On kala azar, malaria and malarial cachexia - Number 19
Disease focus: Malaria
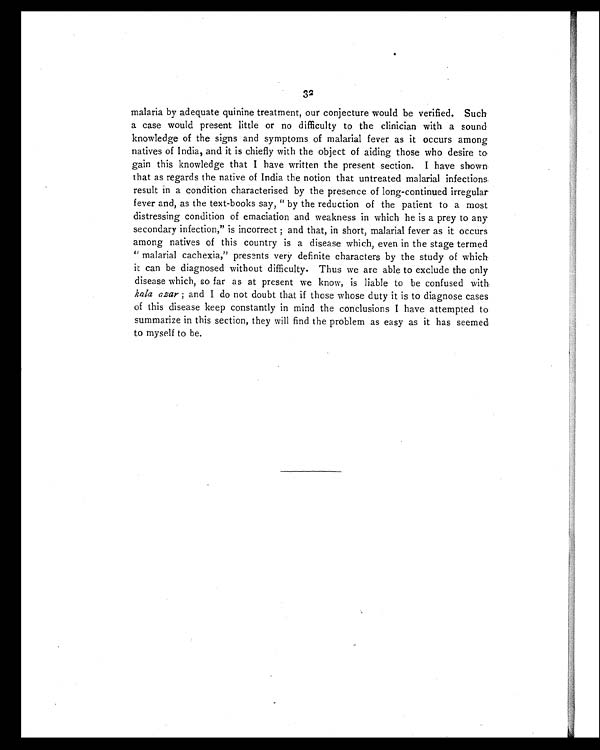
32
malaria by adequate quinine treatment, our conjecture would be verified. Such
a case would present little or no difficulty to the clinician with a sound
knowledge of the signs and symptoms of malarial fever as it occurs among
natives of India, and it is chiefly with the object of aiding those who desire to
gain this knowledge that I have written the present section. I have shown
that as regards the native of India the notion that untreated malarial infections
result in a condition characterised by the presence of long-continued irregular
fever and, as the text-books say, "by the reduction of the patient to a most
distressing condition of emaciation and weakness in which he is a prey to any
secondary infection," is incorrect ; and that, in short, malarial fever as it occurs
among natives of this country is a disease which, even in the stage termed
"malarial cachexia," presents very definite characters by the study of which
it can be diagnosed without difficulty. Thus we are able to exclude the only
disease which, so far as at present we know, is liable to be confused with
kala azar ; and I do not doubt that if those whose duty it is to diagnose cases
of this disease keep constantly in mind the conclusions I have attempted to
summarize in this section, they will find the problem as easy as it has seemed
to myself to be.